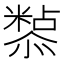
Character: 𭟀